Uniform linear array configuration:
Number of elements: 4
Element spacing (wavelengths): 0.25
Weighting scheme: hann
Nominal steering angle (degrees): -45
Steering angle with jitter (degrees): -46.909
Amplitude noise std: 0.05
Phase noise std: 0.05

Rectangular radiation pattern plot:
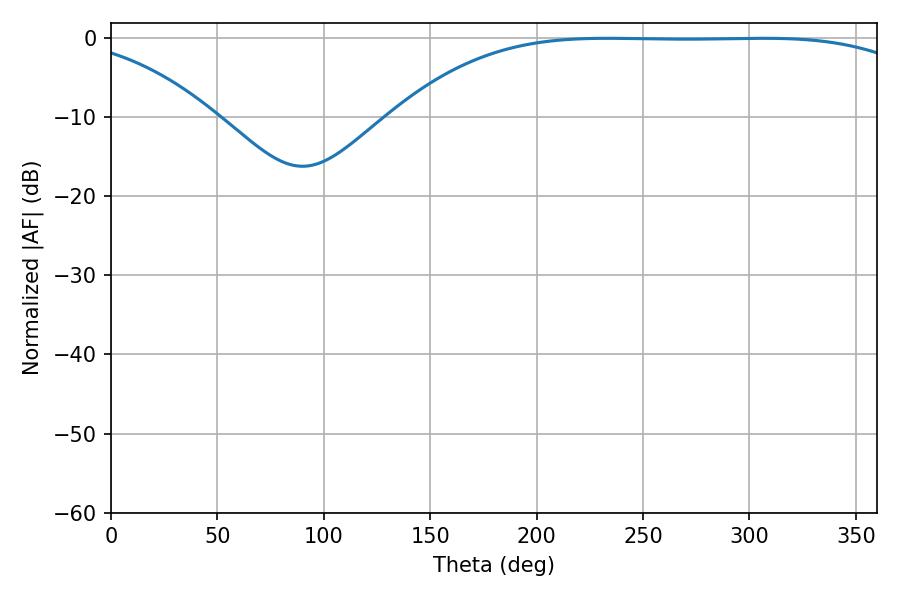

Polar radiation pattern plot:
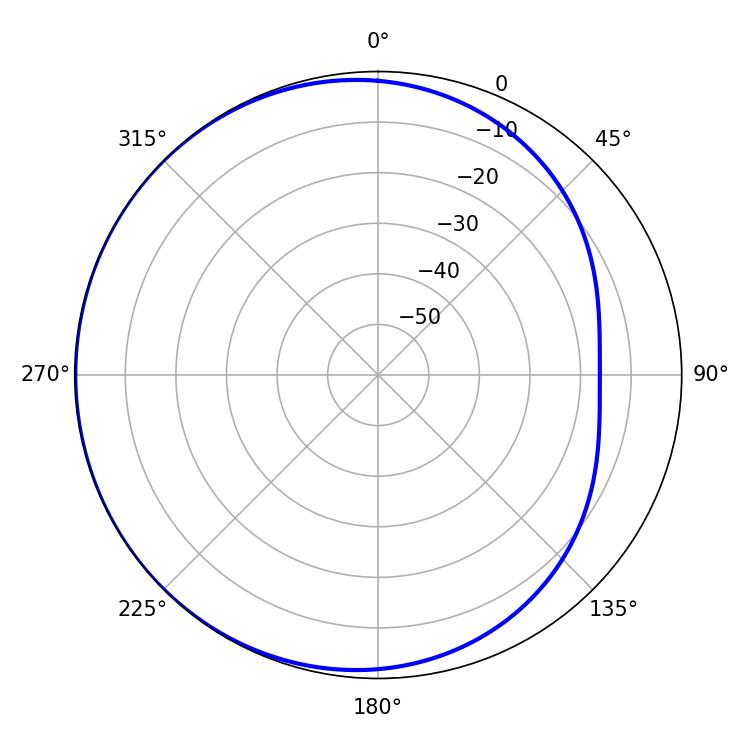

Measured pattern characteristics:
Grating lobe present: FALSE
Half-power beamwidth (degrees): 191.34
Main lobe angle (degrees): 233.28